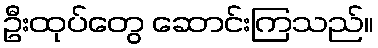
ဦးထုပ်တွေ ဆောင်းကြသည်။